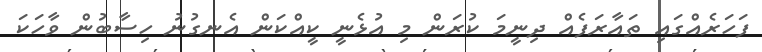
ފަހަރެއްގައި ތައާރަފެއް ދިނީމަ ކުރަން މި އުޅެނީ ކީއްކަން އެނގުނު ހިސާބުން ވާހަކަ